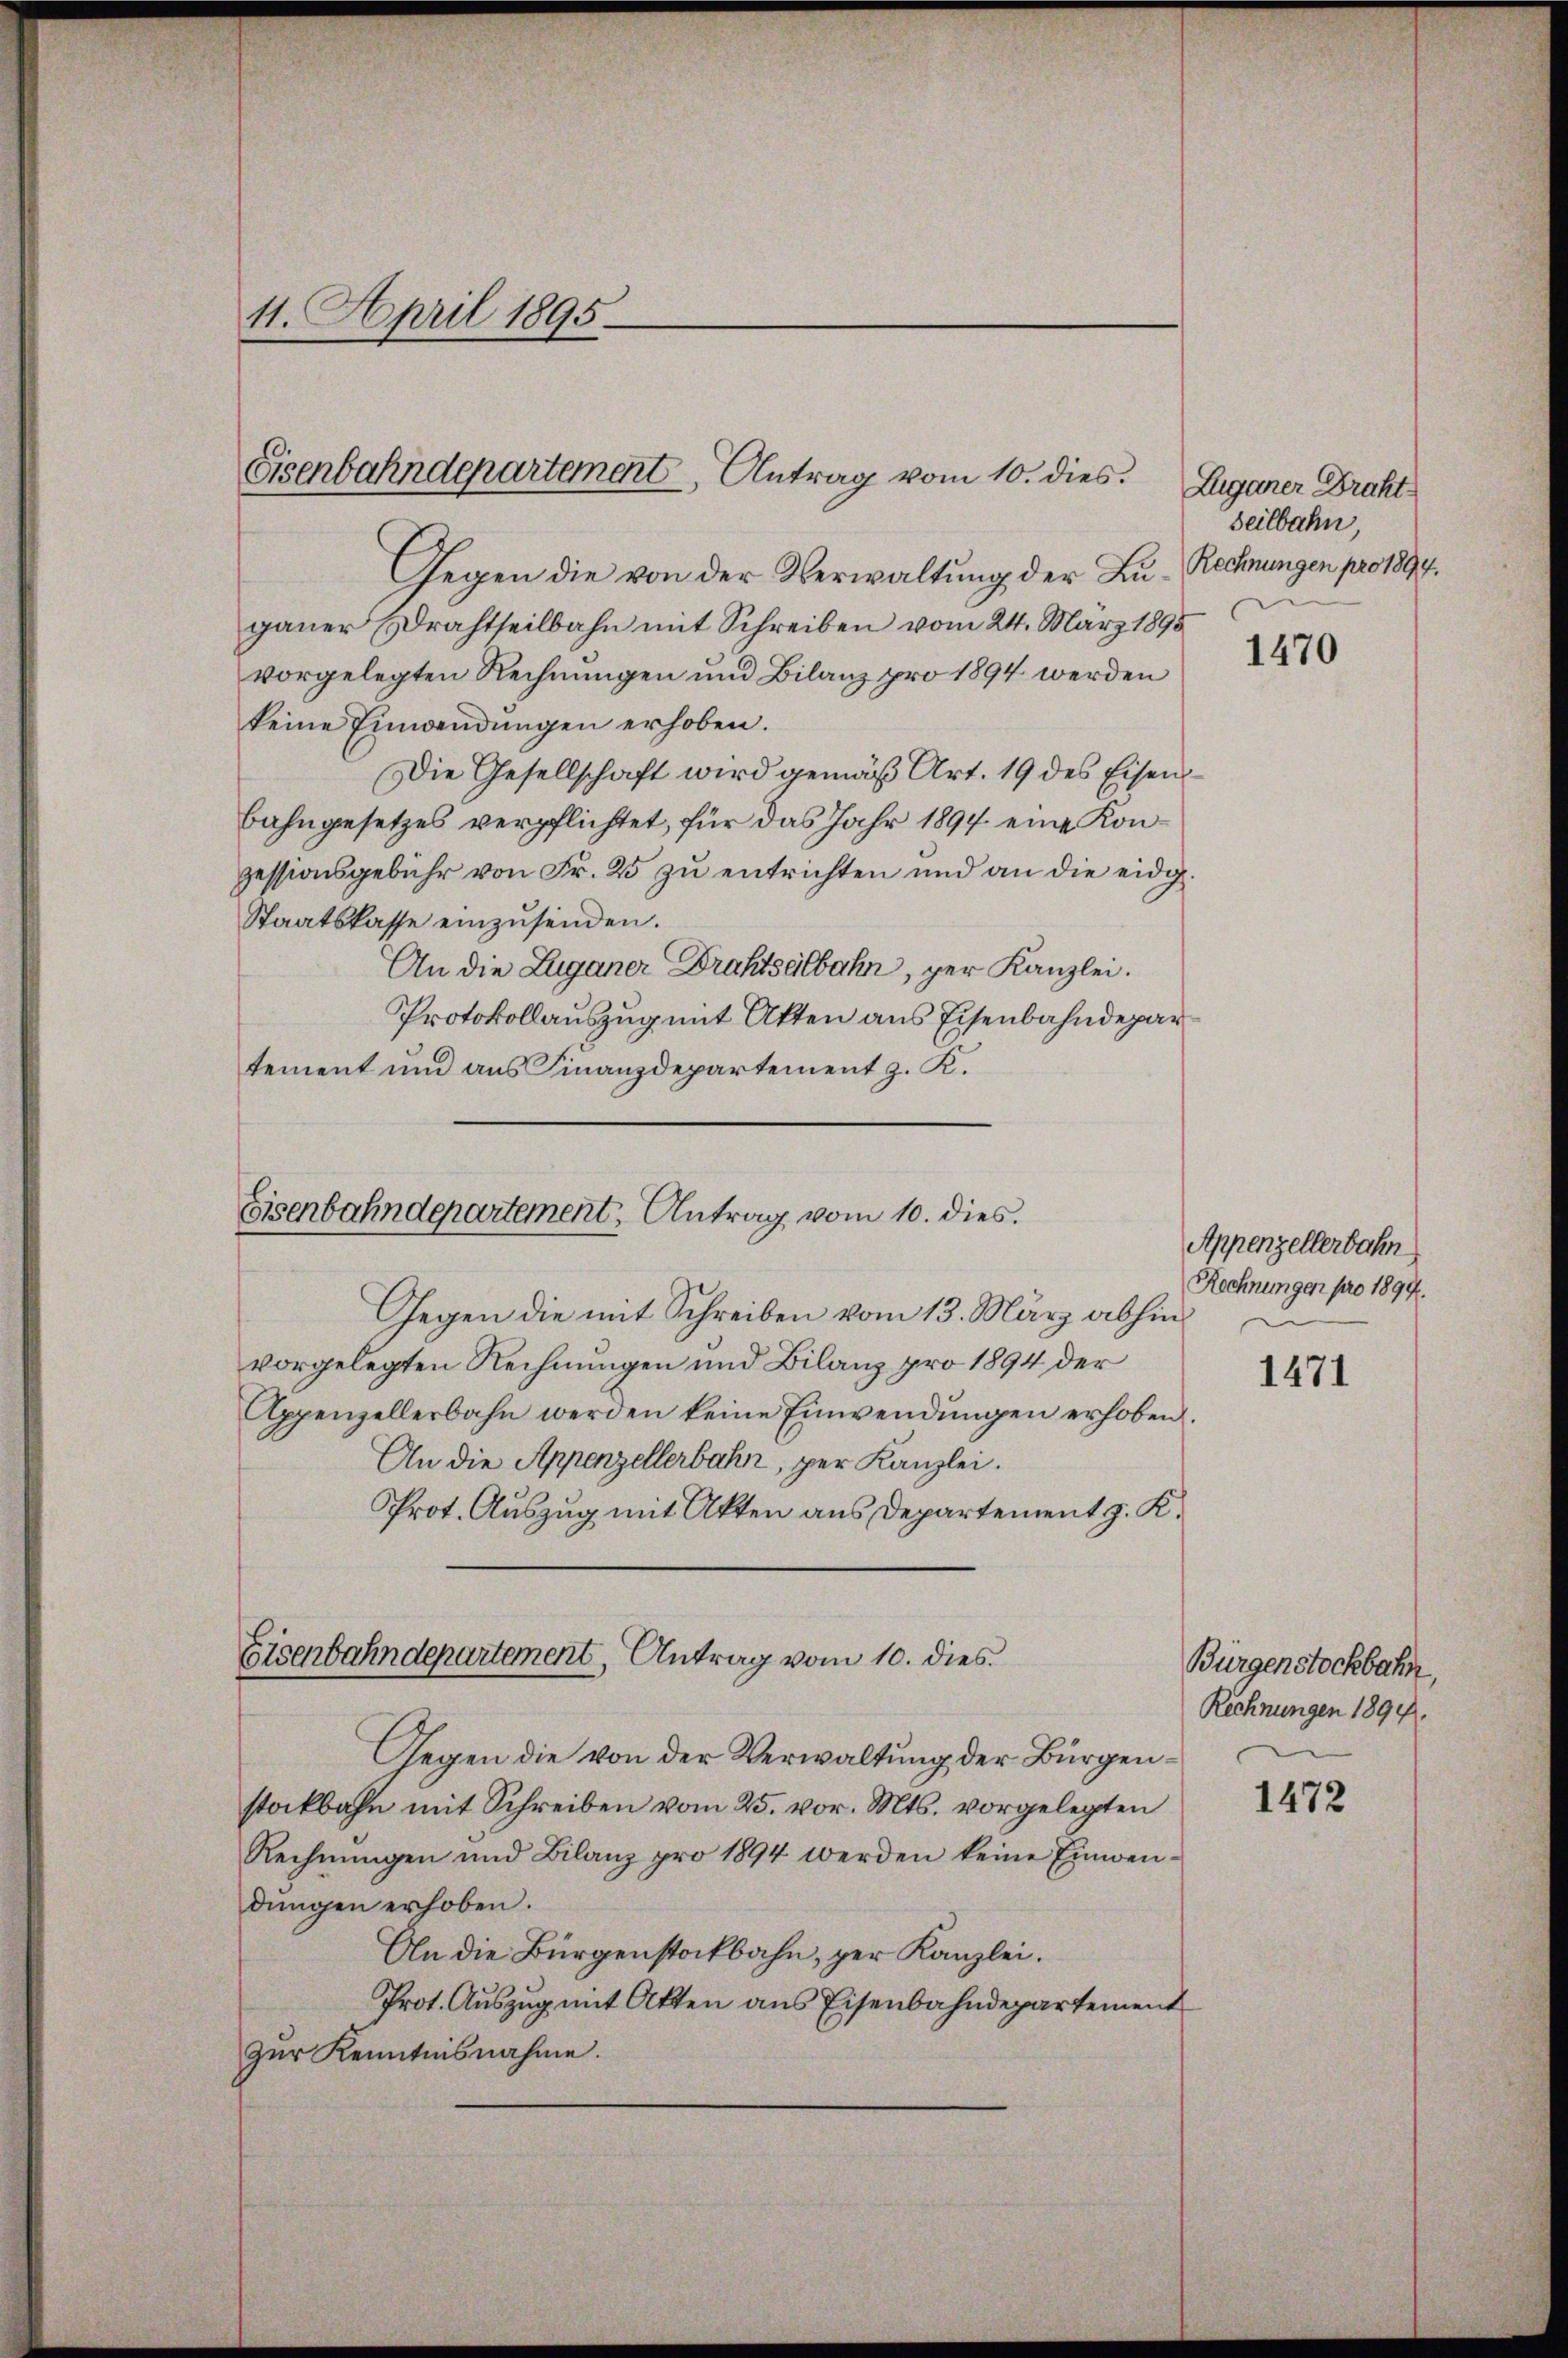
11. April 1895

Gegen die von der Verwaltung der Lugauer Erachtheilbahn mit Schreiben vom 24. März 1895
vorgelegten Rechnungen und Bilanz pro 1894 werden
keine Einwendungen erhoben.
Die Gesellschaft wird gemäß Art. 19 des Eisenbahngesetzes verpflichtet, für das Jahr 1894 eine Konzessionsgebühr von Fr. 25 zu entrichten und an die eidg.
Staatskasse einzusenden.
An die Zuganer Drahtseitbahn, per Kanzlei.
Protokollauszug mit Akten aus Eisenbahndepar
tement und aus Finanzdepartement z. K.

Sisenbahndepartement, Antrag vom 10. dies.

Eisenbahndepartement, Antrag vom 10. dies

Gegen die mit Schreiben vom 13. März abhinvorgelegten Rechnungen und Bilanz pro 1894 der
Appenzellerbahn werden keine Einwendŭngen erhoben.
An die Appenzellerbahn, per Kanzlei.
Prot. Auszug mit Akten aus Departement z. K.

Eisenbahndepartement, Antrag vom 10. dies

Luganer Draht
seilbahn
Rechnungen pro 1894.

Gegen die von der Verwaltung der Bürgenstockbahn mit Schreiben vom 25. vor. Mts. vorgelegten
Rechnŭngen und Bilanz pro 1894 werden keine Einwendungen erhoben.
An die Bürgenstockbahn, per Kanzlei.
Prot. Auszug mit Akten aus Eisenbahndepartement
zur Kenntnisnahme.

1470

Appenzellerbahn
Rechnungen pro 1894.

1471

Burgenstockbahn,
Rechnungen 1894.

1472